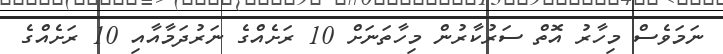
ނަމަވެސް މިހާރު އޮތް ސަރުކާރުން މިހާތަނަށް 10 ރަށެއްގެ ނަރުދަމާއާއި 10 ރަށެއްގެ